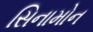
સિનામોન